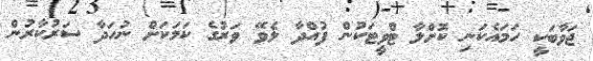
ޖަވާބަކީ ހަމައެކަނި ކޮށްލާ ޓްވީޓަކުން ފުއްދާ ލެވޭ ވަރުގެ ކަމަކަށް ނުހަދާ ސަރުކާރުން